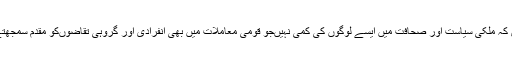
افسوس کہ ملکی سیاست اور صحافت میں ایسے لوگوں کی کمی نہیںجو قومی معاملات میں بھی انفرادی اور گروہی تقاضوںکو مقدم سمجھتے ہیں۔